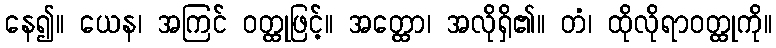
နေ၍။ ယေန၊ အကြင် ဝတ္ထုဖြင့်။ အတ္ထော၊ အလိုရှိ၏။ တံ၊ ထိုလိုရာဝတ္ထုကို။